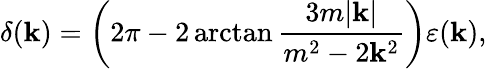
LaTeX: \delta(\mathbf{k})=\left(2\pi-2\arctan{\frac{{3m|\mathbf{k}|}}{{m^{2}-2\mathbf{k}^{2}}}}\right)\varepsilon(\mathbf{k}),